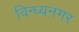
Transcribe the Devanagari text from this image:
विन्ध्यनगर